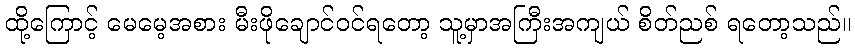
ထို့ကြောင့် မေမေ့အစား မီးဖိုချောင်ဝင်ရတော့ သူ့မှာအကြီးအကျယ် စိတ်ညစ် ရတော့သည်။